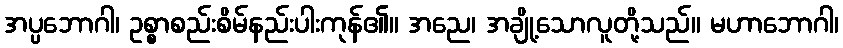
အပ္ပဘောဂါ၊ ဥစ္စာစည်းစိမ်နည်းပါးကုန်၏။ အညေ၊ အချို့သောလူတို့သည်။ မဟာဘောဂါ၊